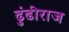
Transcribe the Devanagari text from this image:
ढुंढीराज